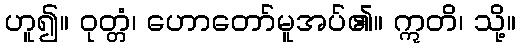
ဟူ၍။ ဝုတ္တံ၊ ဟောတော်မူအပ်၏။ ဣတိ၊ သို့။